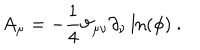
LaTeX: A _ { \mu } = - \frac { 1 } { 4 } \vartheta _ { \mu \nu } \partial _ { \nu } \ln \left( \phi \right) \ .